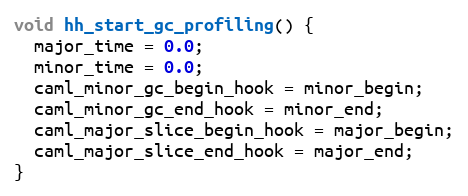
Language: C
void hh_start_gc_profiling() {
  major_time = 0.0;
  minor_time = 0.0;
  caml_minor_gc_begin_hook = minor_begin;
  caml_minor_gc_end_hook = minor_end;
  caml_major_slice_begin_hook = major_begin;
  caml_major_slice_end_hook = major_end;
}